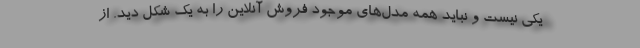
یکی نیست و نباید همه مدل‌های موجود فروش آنلاین را به یک شکل دید. از